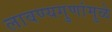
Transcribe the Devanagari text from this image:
लावण्यगुणांमुळे